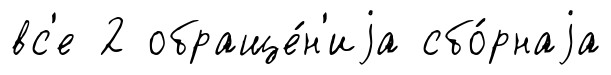
вс'е 2 обраще́н'иjа сбо́рнаjа